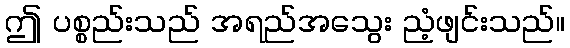
ဤ ပစ္စည်းသည် အရည်အသွေး ညံ့ဖျင်းသည်။